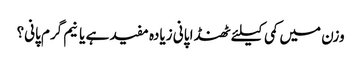
وزن میں کمی کیلئے ٹھنڈا پانی زیادہ مفید ہے یا نیم گرم پانی؟